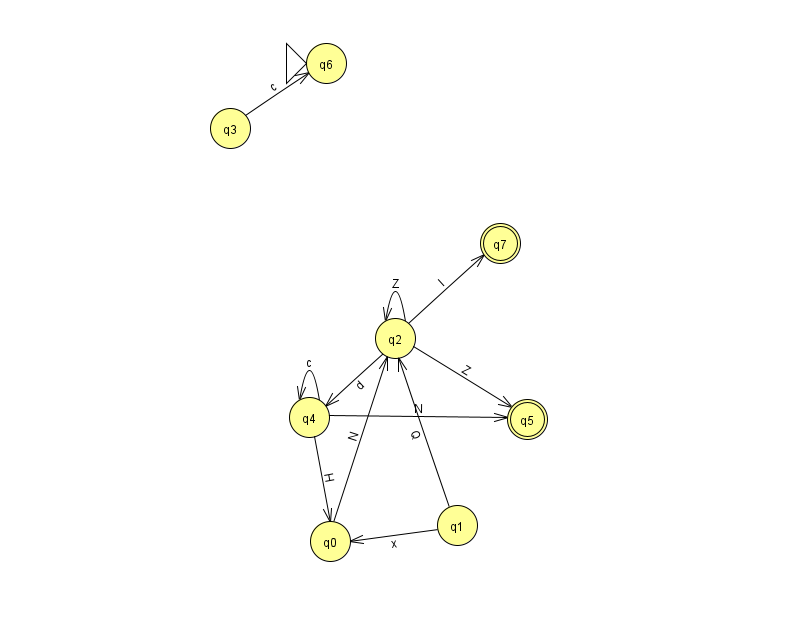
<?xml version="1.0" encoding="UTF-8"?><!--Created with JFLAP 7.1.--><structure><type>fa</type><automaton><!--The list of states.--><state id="0" name="q0"><x>330.0</x><y>528.0</y></state><state id="1" name="q1"><x>457.0</x><y>512.0</y></state><state id="2" name="q2"><x>395.0</x><y>325.0</y></state><state id="3" name="q3"><x>230.0</x><y>115.0</y></state><state id="4" name="q4"><x>309.0</x><y>404.0</y></state><state id="5" name="q5"><x>527.0</x><y>406.0</y><final/></state><state id="6" name="q6"><x>326.0</x><y>50.0</y><initial/></state><state id="7" name="q7"><x>500.0</x><y>230.0</y><final/></state><!--The list of transitions.--><transition><from>3</from><to>6</to><read>c</read></transition><transition><from>2</from><to>4</to><read>d</read></transition><transition><from>4</from><to>4</to><read>c</read></transition><transition><from>1</from><to>0</to><read>x</read></transition><transition><from>2</from><to>7</to><read>l</read></transition><transition><from>2</from><to>5</to><read>Z</read></transition><transition><from>0</from><to>2</to><read>N</read></transition><transition><from>4</from><to>5</to><read>N</read></transition><transition><from>1</from><to>2</to><read>Q</read></transition><transition><from>2</from><to>2</to><read>Z</read></transition><transition><from>4</from><to>0</to><read>H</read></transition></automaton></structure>